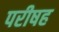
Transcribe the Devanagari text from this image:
परीषह